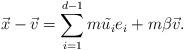
LaTeX: \begin{align*}\vec{x}-\vec{v}=\sum_{i=1}^{d-1} m \tilde{u_i} e_i +m\beta \vec{v}.\end{align*}